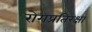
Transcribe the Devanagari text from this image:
रोगप्रतिरक्षा